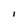
Character: I